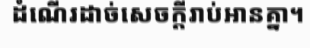
ដំណើរដាច់សេចក្តីរាប់អានគ្នា។